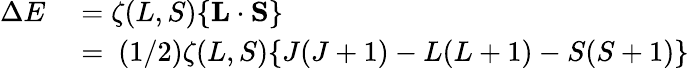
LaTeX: \begin{array}{rl}{\Delta E}&{{}=\zeta(L,S)\{ \mathbf{L}\cdot\mathbf{S}\} }\\ {\ }&{{}=\ (1/2)\zeta(L,S)\{ J(J+1)-L(L+1)-S(S+1)\} }\end{array}